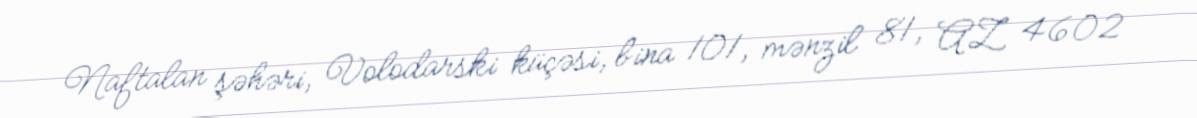
Naftalan şəhəri, Volodarski küçəsi, bina 101, mənzil 81, AZ 4602